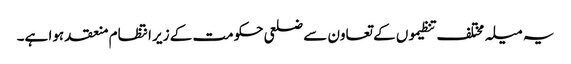
یہ میلہ مختلف تنظیموں کے تعاون سے ضلعی حکومت کے زیر انتظام منعقد ہوا ہے۔